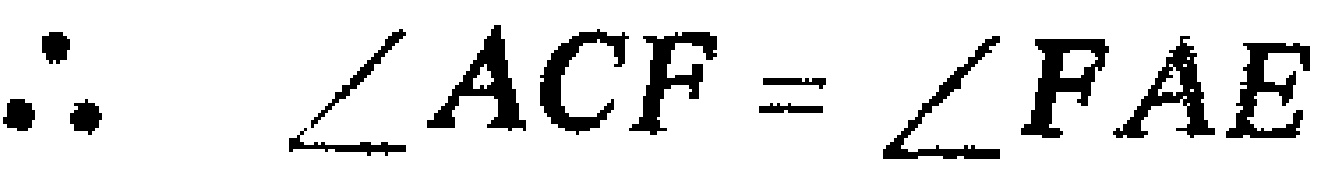
\(\therefore \angle ACF=\angle FAE\)